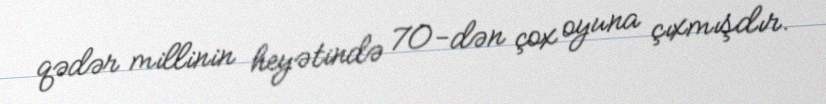
qədər millinin heyətində 70-dən çox oyuna çıxmışdır.